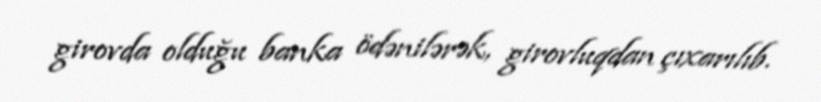
girovda olduğu banka ödənilərək, girovluqdan çıxarılıb.